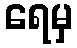
ရေမှ